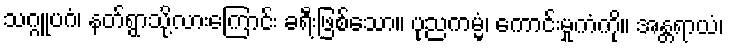
သဂ္ဂူပဂံ၊ နတ်ရွာသို့လားကြောင်း ခရီးဖြစ်သော။ ပုညကမ္မံ၊ ကောင်းမှုကံကို။ အန္တရာယံ၊